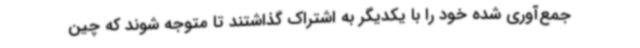
جمع‌آوری شده خود را با یکدیگر به اشتراک گذاشتند تا متوجه شوند که چین